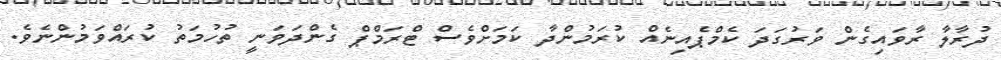
ދުރާލާ ރާވައިގެން ވަރުގަދަ ކެމްޕެއިނެއް ކުރަމުންދާ ކަމަށްވެސް ޓްރަމްޕް ގެންދަވަނީ ތުހުމަތު ކުރައްވަމުންނެވެ.